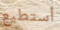
أستطيع